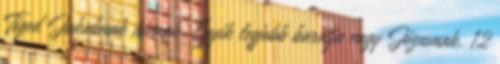
Téged Jakabnak hívnak. Egyik legjobb barátja vagy Jézusnak. 12